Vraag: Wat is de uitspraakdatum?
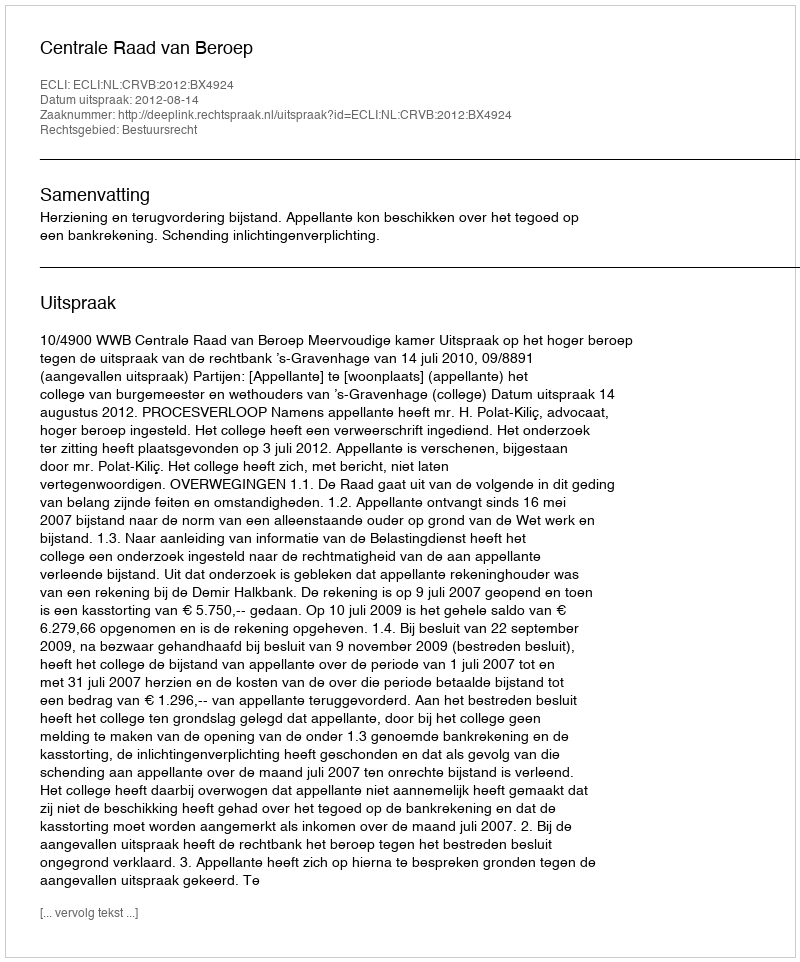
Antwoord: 2012-08-14